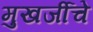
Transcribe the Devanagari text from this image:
मुखर्जीचे